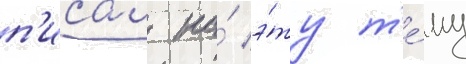
п'исал на́ э́ту т'е́му